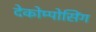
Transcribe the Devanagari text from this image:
देकोम्पोसिंग